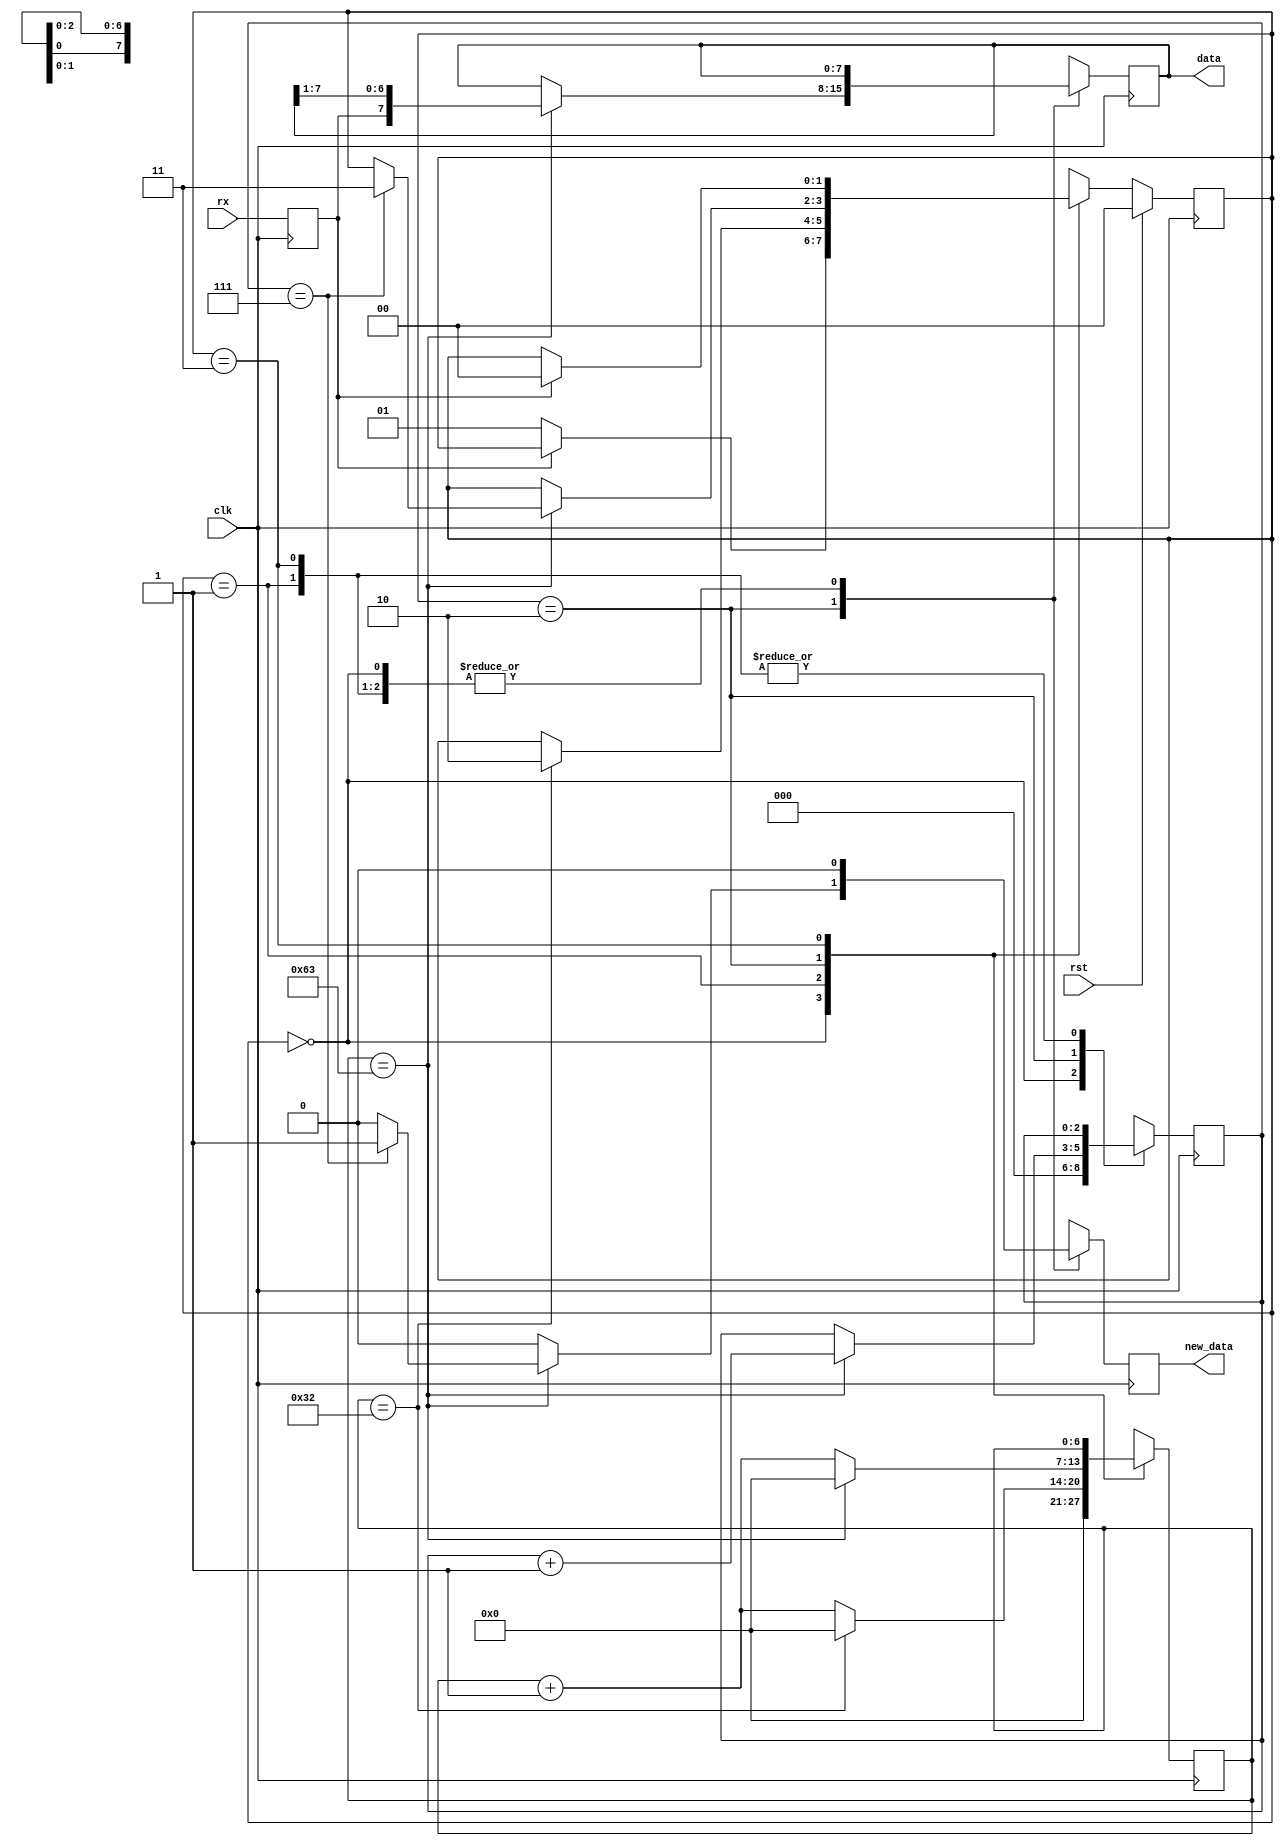
/*
   This file was generated automatically by Alchitry Labs version 1.2.7.
   Do not edit this file directly. Instead edit the original Lucid source.
   This is a temporary file and any changes made to it will be destroyed.
*/

/*
   Parameters:
     CLK_FREQ = 100000000
     BAUD = 1000000
*/
module uart_rx_3 (
    input clk,
    input rst,
    input rx,
    output reg [7:0] data,
    output reg new_data
  );
  
  localparam CLK_FREQ = 27'h5f5e100;
  localparam BAUD = 20'hf4240;
  
  
  localparam CLK_PER_BIT = 29'h00000064;
  
  localparam CTR_SIZE = 3'h7;
  
  localparam IDLE_state = 2'd0;
  localparam WAIT_HALF_state = 2'd1;
  localparam WAIT_FULL_state = 2'd2;
  localparam WAIT_HIGH_state = 2'd3;
  
  reg [1:0] M_state_d, M_state_q = IDLE_state;
  reg [6:0] M_ctr_d, M_ctr_q = 1'h0;
  reg [2:0] M_bitCtr_d, M_bitCtr_q = 1'h0;
  reg [7:0] M_savedData_d, M_savedData_q = 1'h0;
  reg M_newData_d, M_newData_q = 1'h0;
  reg M_rxd_d, M_rxd_q = 1'h0;
  
  always @* begin
    M_state_d = M_state_q;
    M_ctr_d = M_ctr_q;
    M_savedData_d = M_savedData_q;
    M_bitCtr_d = M_bitCtr_q;
    M_newData_d = M_newData_q;
    M_rxd_d = M_rxd_q;
    
    M_rxd_d = rx;
    M_newData_d = 1'h0;
    data = M_savedData_q;
    new_data = M_newData_q;
    
    case (M_state_q)
      IDLE_state: begin
        M_bitCtr_d = 1'h0;
        M_ctr_d = 1'h0;
        if (M_rxd_q == 1'h0) begin
          M_state_d = WAIT_HALF_state;
        end
      end
      WAIT_HALF_state: begin
        M_ctr_d = M_ctr_q + 1'h1;
        if (M_ctr_q == 29'h00000032) begin
          M_ctr_d = 1'h0;
          M_state_d = WAIT_FULL_state;
        end
      end
      WAIT_FULL_state: begin
        M_ctr_d = M_ctr_q + 1'h1;
        if (M_ctr_q == 30'h00000063) begin
          M_savedData_d = {M_rxd_q, M_savedData_q[1+6-:7]};
          M_bitCtr_d = M_bitCtr_q + 1'h1;
          M_ctr_d = 1'h0;
          if (M_bitCtr_q == 3'h7) begin
            M_state_d = WAIT_HIGH_state;
            M_newData_d = 1'h1;
          end
        end
      end
      WAIT_HIGH_state: begin
        if (M_rxd_q == 1'h1) begin
          M_state_d = IDLE_state;
        end
      end
      default: begin
        M_state_d = IDLE_state;
      end
    endcase
  end
  
  always @(posedge clk) begin
    M_ctr_q <= M_ctr_d;
    M_bitCtr_q <= M_bitCtr_d;
    M_savedData_q <= M_savedData_d;
    M_newData_q <= M_newData_d;
    M_rxd_q <= M_rxd_d;
    
    if (rst == 1'b1) begin
      M_state_q <= 1'h0;
    end else begin
      M_state_q <= M_state_d;
    end
  end
  
endmodule